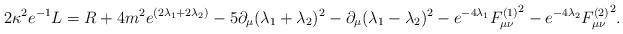
LaTeX: \begin{align*}2\kappa^{2}e^{-1}L = R +4m^2e^{(2\lambda_{1}+2\lambda_{2})} - 5\partial_{\mu}(\lambda_{1}+\lambda_{2})^2 - \partial_{\mu}(\lambda_{1}-\lambda_{2})^2 - e^{-4\lambda_{1}}{F_{\mu\nu}^{(1)}}^{2}- e^{-4\lambda_{2}}{F_{\mu\nu}^{(2)}}^{2}.\end{align*}